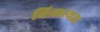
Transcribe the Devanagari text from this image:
बिकाया।